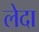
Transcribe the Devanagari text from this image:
लेदा